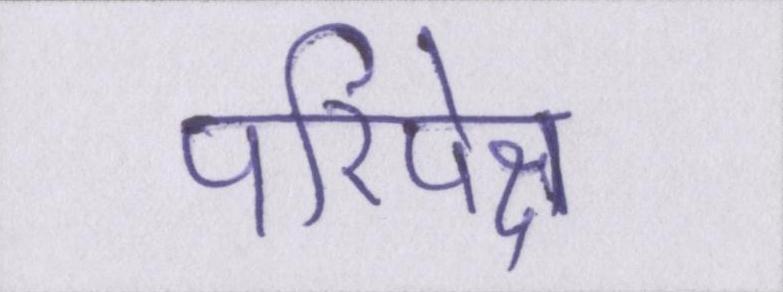
परिपेक्ष